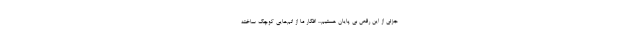
جزئی از این رقص بی پایان هستیم... افکار ما از اتم‌هایی کوچک ساخته